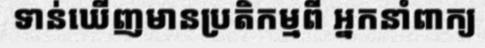
ទាន់ឃើញមានប្រតិកម្មពី អ្នកនាំពាក្យ